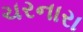
ચરનારા